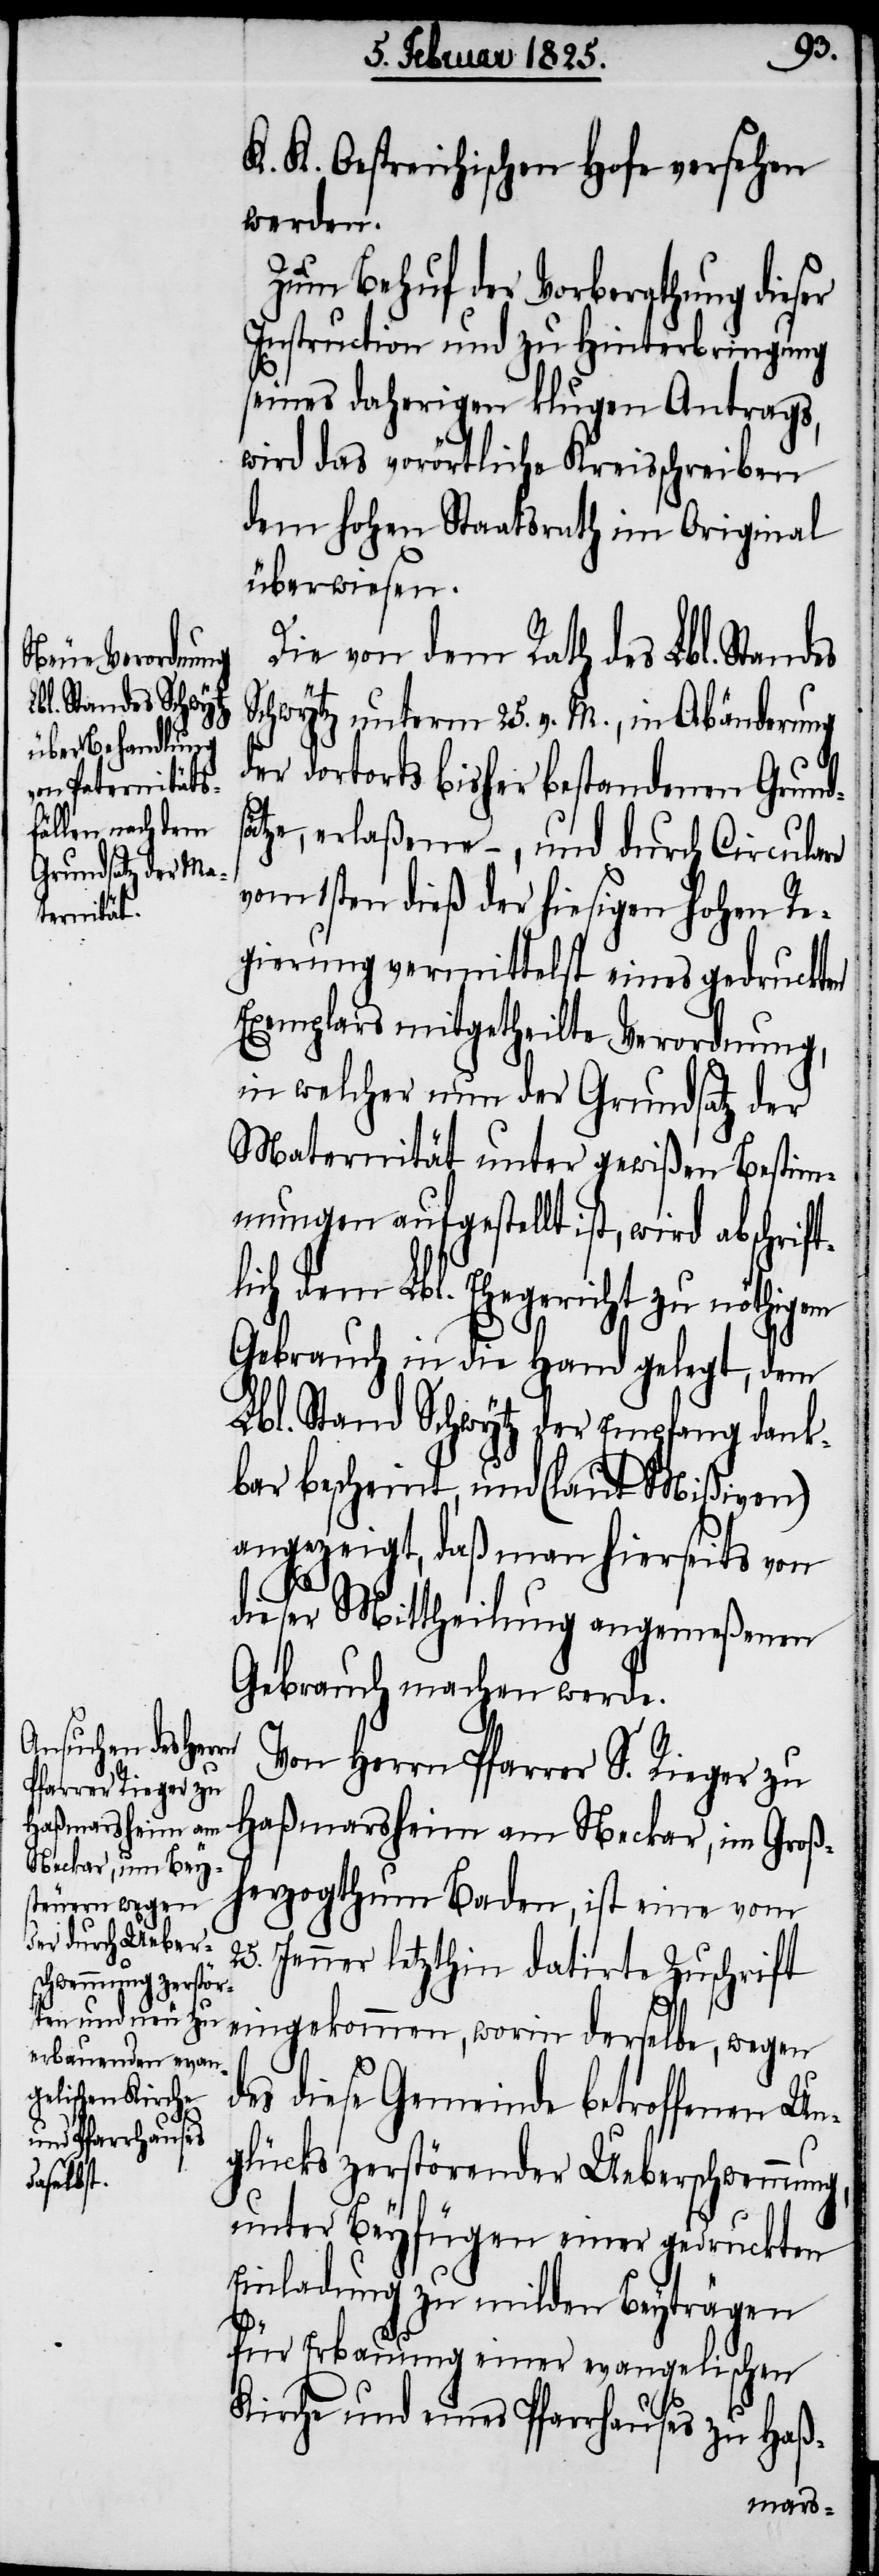
K. K. Oestreichischen Hofe versehen
werden.
Zum Behuf der Vorberathung dieser
Instruction und zu Hinterbringung
seines daherigen klugen Antrags,
wird das vorörtliche Kreisschreiben
dem hohen Staatsrath im Original
überwiesen.
Die von dem Rath des Lbl. Standes
Schwytz unterm 25. v. M., in Abänderung
der dortorts bisher bestandenen Grund¬
tze, erlaßener −, und durch Circulare
vom 1sten dieß der hiesigen hohen Re¬
gierung vermittelst eines gedruckten
Exemplars mitgetheilte Verordnung,
in welcher nun der Grundsatz der
Maternität unter gewißen Bestim¬
mungen aufgestellt ist, wird abschrift¬
lich dem Lbl. Ehegericht zu nöthigem
Gebrauch in die Hand gelegt, dem
Lbl. Stand Schwytz der Empfang dank¬
bar bescheint, und (laut Mißiven)
angezeigt, daß man hierseits von
dieser Mittheilung angemeßenen
Gebrauch machen werde.
Von Herrn Pfarrer S. Rieger zu
Haßmarsheim am Neckar, im Groß¬
herzogthum Baden, ist eine vom
25.
Jenner letzthin datirte Zuschrift
eingekommen, worin derselbe, wegen
des diese Gemeinde betroffenen Un¬
glücks zerstörender Ueberschwemmung,
unter Beyfügen einer gedruckten
Einladung zu milden Beyträgen
für Erbauung einer evangelischen
Kirche und eines Pfarrhauses zu Haß-